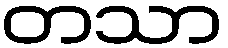
တသာ